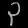
Digit: ၃